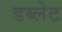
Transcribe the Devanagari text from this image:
डब्लेट